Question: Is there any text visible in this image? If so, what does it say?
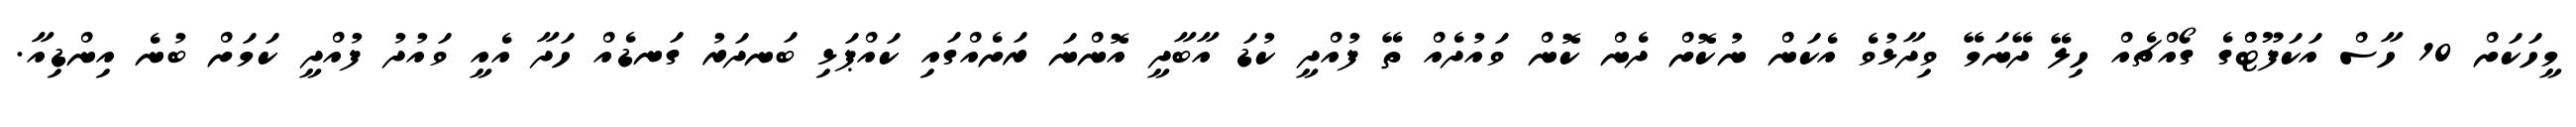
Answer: މީހަކަށް 10 ހާސް އަކަފޫޓްްގެ ގޯއްޗެއް ހިލޭ ދޭނަމޭ ވިދާޅުވެ އެކަން ނުކޮށް ދެން ކޮން ވައުދެއް ތޭ ފުއްދީ ކުޑަ އާބާދީ އޮންނަ ރަށެއްގައި ކައްޕަޅި ބަނދަރު ގަނޑެއް ހަދާ އެއީ ވައުދު ފުއްދީ ކަމަށް ބުނެ އިންޑިއާ.